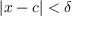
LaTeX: | x - c | < \delta